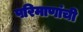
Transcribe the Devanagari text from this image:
परिमाणांची